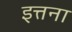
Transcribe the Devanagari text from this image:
इत्तना